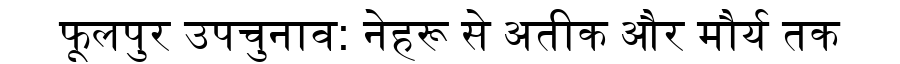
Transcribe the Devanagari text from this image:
फूलपुर उपचुनाव: नेहरू से अतीक और मौर्य तक